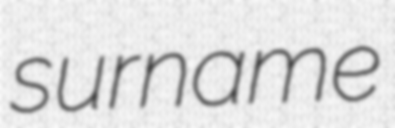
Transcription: surname